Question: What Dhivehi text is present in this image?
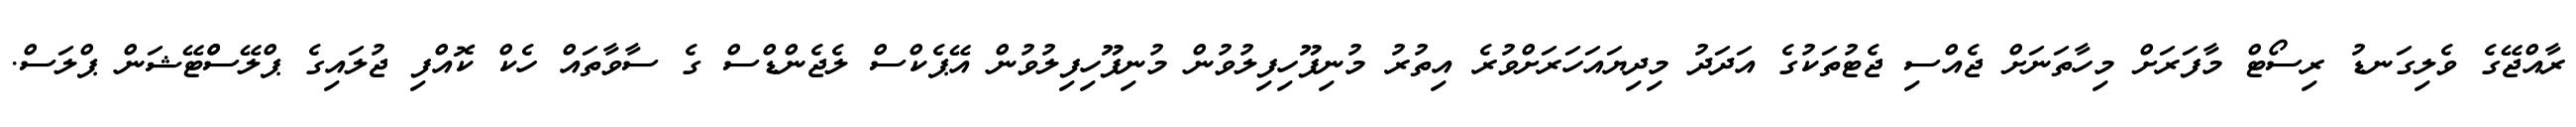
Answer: ރާއްޖޭގެ ވެލިގަނޑު ރިސޯޓް މާފަރަށް މިހާތަނަށް ޖެއްސި ޖެޓުތަކުގެ އަދަދު މިދިޔައަހަރަށްވުރެ އިތުރު މުނިފޫހިފިލުވުން މުނިފޫހިފިލުވުން އޭޕެކްސް ލެޖެންޑްސް ގެ ސާވާތައް ހެކް ކޮއްފި ޖުލައިގެ ޕްލޭސްްޓޭޝަން ޕްލަސް.